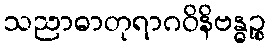
သညာဓာတုရာဂဝိနိဗန္ဓဉ္စ